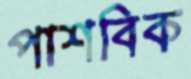
পাশবিক